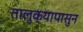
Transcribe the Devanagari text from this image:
तालुक्यापासुन